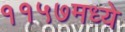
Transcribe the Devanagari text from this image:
११५७मध्ये